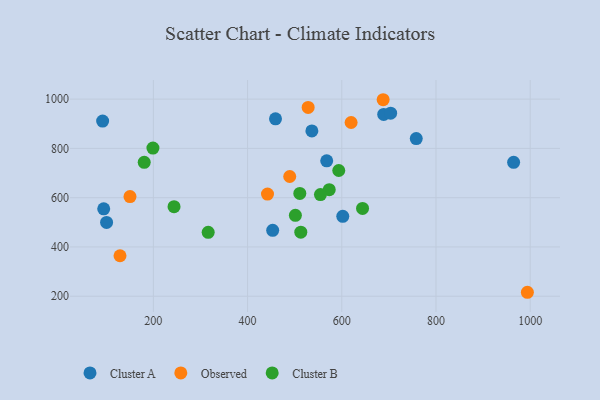
{"axis": {"x": "Engine Size", "y": "Exam Score"}, "legend": ["Cluster A", "Cluster B", "Observed"], "data": [{"x": "453.3", "y": 467.6, "type": "Cluster A"}, {"x": "94.6", "y": 554.6, "type": "Cluster A"}, {"x": "568.0", "y": 749.7, "type": "Cluster A"}, {"x": "100.7", "y": 499.6, "type": "Cluster A"}, {"x": "689.0", "y": 938.0, "type": "Cluster A"}, {"x": "459.3", "y": 919.9, "type": "Cluster A"}, {"x": "92.3", "y": 911.1, "type": "Cluster A"}, {"x": "602.1", "y": 524.3, "type": "Cluster A"}, {"x": "703.7", "y": 942.9, "type": "Cluster A"}, {"x": "536.5", "y": 871.1, "type": "Cluster A"}, {"x": "758.1", "y": 840.0, "type": "Cluster A"}, {"x": "964.8", "y": 743.4, "type": "Cluster A"}, {"x": "489.5", "y": 686.0, "type": "Observed"}, {"x": "687.8", "y": 997.6, "type": "Observed"}, {"x": "619.8", "y": 905.1, "type": "Observed"}, {"x": "129.2", "y": 364.3, "type": "Observed"}, {"x": "994.0", "y": 216.1, "type": "Observed"}, {"x": "528.6", "y": 966.4, "type": "Observed"}, {"x": "150.4", "y": 604.7, "type": "Observed"}, {"x": "442.3", "y": 614.8, "type": "Observed"}, {"x": "513.0", "y": 460.2, "type": "Cluster B"}, {"x": "316.4", "y": 459.3, "type": "Cluster B"}, {"x": "510.9", "y": 617.4, "type": "Cluster B"}, {"x": "199.1", "y": 801.5, "type": "Cluster B"}, {"x": "573.4", "y": 632.6, "type": "Cluster B"}, {"x": "644.1", "y": 556.5, "type": "Cluster B"}, {"x": "554.7", "y": 612.7, "type": "Cluster B"}, {"x": "180.6", "y": 743.4, "type": "Cluster B"}, {"x": "593.6", "y": 710.3, "type": "Cluster B"}, {"x": "501.5", "y": 528.6, "type": "Cluster B"}, {"x": "243.9", "y": 563.7, "type": "Cluster B"}]}